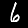
Digit: 6